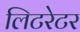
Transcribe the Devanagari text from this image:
लिटरेटर